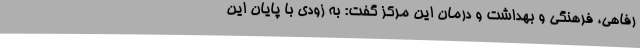
رفاهی، فرهنگی و بهداشت و درمان این مرکز گفت: به زودی با پایان این